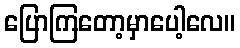
ပြောကြတော့မှာပေါ့လေ။